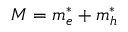
M = m _ { e } ^ { * } + m _ { h } ^ { * }